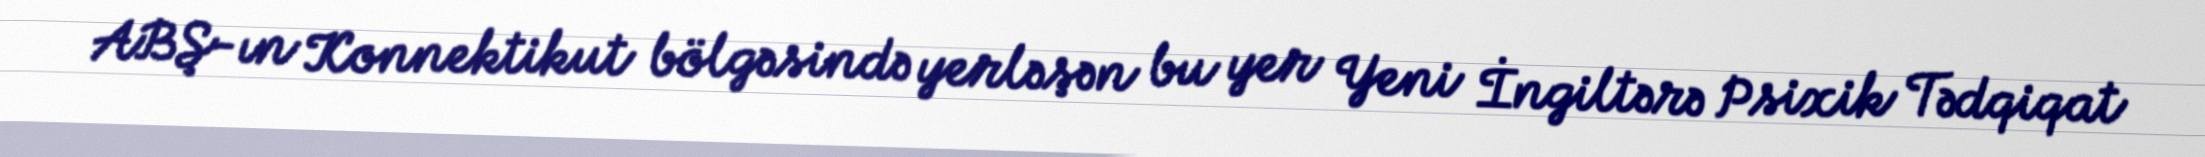
ABŞ-ın Konnektikut bölgəsində yerləşən bu yer Yeni İngiltərə Psixik Tədqiqat